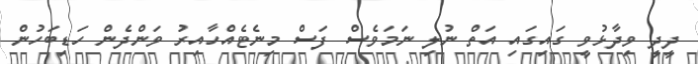
ދީދީ ވިދާޅުވީ ގައިގައި އަތް ނުލި ނަމަވެސް ފަސް މިނެޓެއްހާއިރު ވަންދެން ހަޑިބަހުން